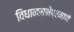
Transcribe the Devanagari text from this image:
विधानसभेप्रमाणे